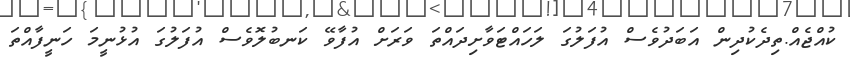
ކުއްޖެއް.ތިދެކުދިން އަބަދުވެސް އުފަލުގަ ލަހައްޓަވާށިދައްތަ ވަރަށް އުފާވޭ ކަނބުލޮވެސް އުފަލުގަ އުޅުނީމަ ހަނީފާއްތަ